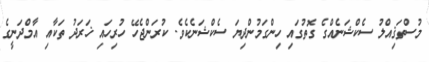
މުސްތަޤިއްލު ސެކްޝަނެއްގެ ގޮތުގައި ހިންގަމުންދިޔަ ސެކްޝަނެކެވެ. ކުރަންޖެހޭ ހުރިހައި ޚަރަދު ތަކާއި އާމްދަނީގެ